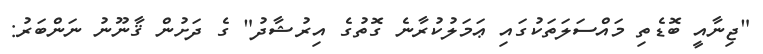
"ޖިނާއީ ބޮޑެތި މައްސަލަތަކުގައި ޢަމަލުކުރާނެ ގޮތުގެ އިރުޝާދު" ގެ ދަށުން ޤާނޫނު ނަންބަރު: